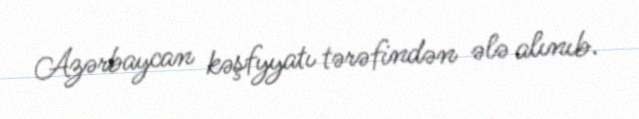
Azərbaycan kəşfyyatı tərəfindən ələ alınıb.